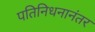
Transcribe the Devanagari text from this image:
पतिनिधनानंतर